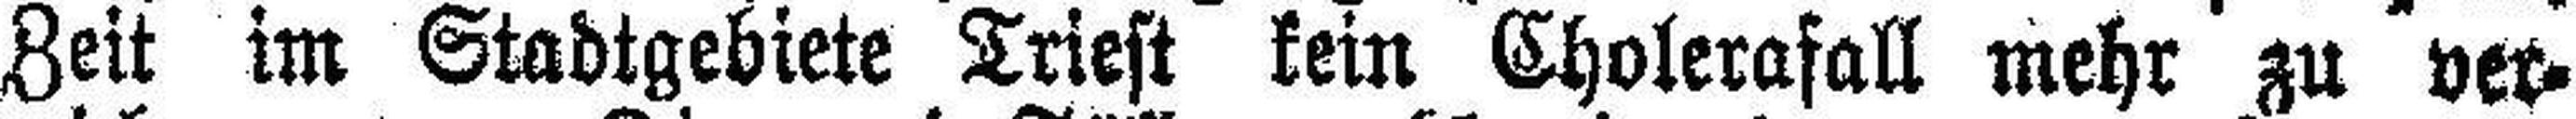
Zeit im Stadtgebiete Triest kein Cholerafall mehr zu ver¬